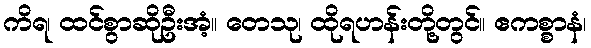
ကိရ၊ ထင်စွာဆိုဦးအံ့။ တေသု၊ ထိုရဟန်းတို့တွင်။ ဧကစ္စာနံ၊